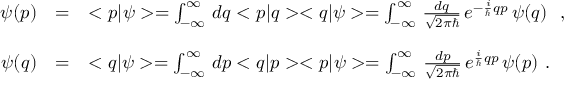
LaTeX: \begin{array} { r c l } { { \psi ( p ) } } & { { = } } & { { < p | \psi > = \int _ { - \infty } ^ { \infty } \, d q < p | q > < q | \psi > = \int _ { - \infty } ^ { \infty } \, \frac { d q } { \sqrt { 2 \pi \hbar } } \, e ^ { - \frac { i } { \hbar } q p } \, \psi ( q ) \ \ , \ \ } } \\ { { } } & { { } } & { { } } \\ { { \psi ( q ) } } & { { = } } & { { < q | \psi > = \int _ { - \infty } ^ { \infty } \, d p < q | p > < p | \psi > = \int _ { - \infty } ^ { \infty } \, \frac { d p } { \sqrt { 2 \pi \hbar } } \, e ^ { \frac { i } { \hbar } q p } \, \psi ( p ) \ . } } \end{array}